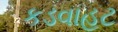
કડવાહટ